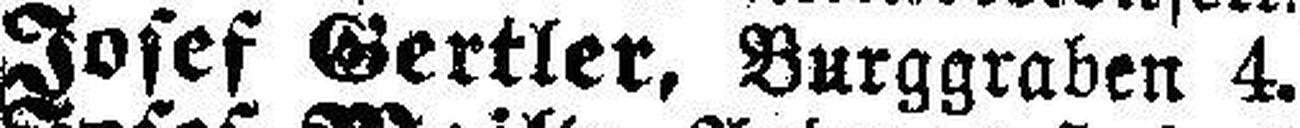
Josef Gertler, Burggraben 4.